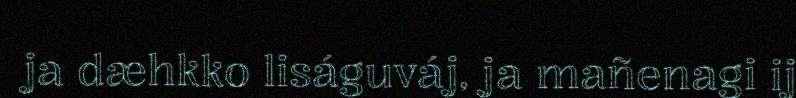
ja dæhkko liságuváj, ja mañenagi ij